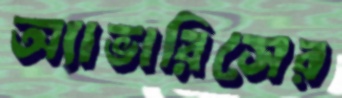
অ্যাভারিসের